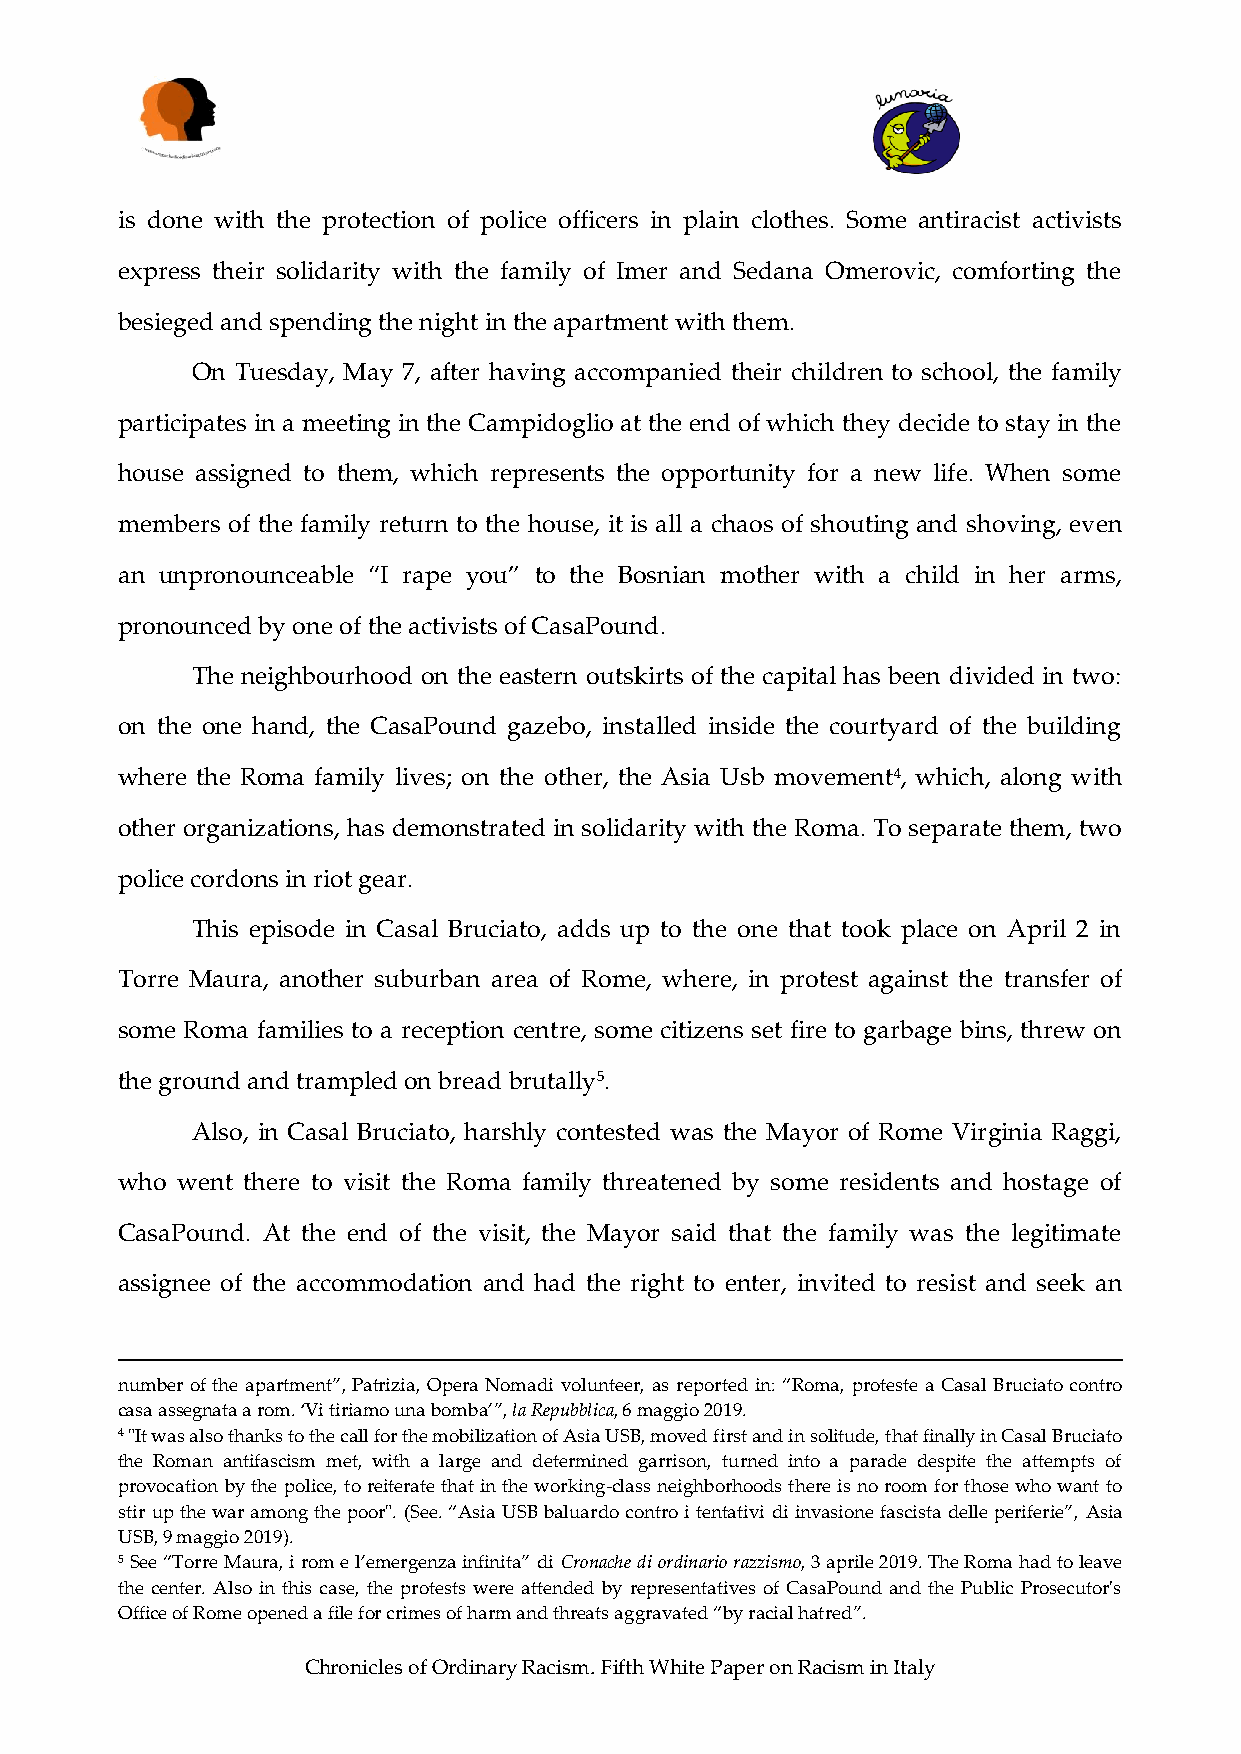
is done with the protection of police officers in plain clothes. Some antiracist activists
 express their solidarity with the family of Imer and Sedana Omerovic, comforting the
 besieged and spending the night in the apartment with them.
 On Tuesday, May 7, after having accompanied their children to school, the family
 participates in a meeting in the Campidoglio at the end of which they decide to stay in the
 house assigned to them, which represents the opportunity for a new life. When some
 members of the family return to the house, it is all a chaos of shouting and shoving, even
 an unpronounceable “I rape you” to the Bosnian mother with a child in her arms,
 pronounced by one of the activists of CasaPound.
 The neighbourhood on the eastern outskirts of the capital has been divided in two:
 on the one hand, the CasaPound gazebo, installed inside the courtyard of the building
 where the Roma family lives; on the other, the Asia Usb movement4, which, along with
 other organizations, has demonstrated in solidarity with the Roma. To separate them, two
 police cordons in riot gear.
 This episode in Casal Bruciato, adds up to the one that took place on April 2 in
 Torre Maura, another suburban area of Rome, where, in protest against the transfer of
 some Roma families to a reception centre, some citizens set fire to garbage bins, threw on
 the ground and trampled on bread brutally5.
 Also, in Casal Bruciato, harshly contested was the Mayor of Rome Virginia Raggi,
 who went there to visit the Roma family threatened by some residents and hostage of
 CasaPound. At the end of the visit, the Mayor said that the family was the legitimate
 assignee of the accommodation and had the right to enter, invited to resist and seek an
 number of the apartment”, Patrizia, Opera Nomadi volunteer, as reported in: “Roma, proteste a Casal Bruciato contro
 casa assegnata a rom. ‘Vi tiriamo una bomba’”, la Repubblica, 6 maggio 2019.
 4 "It was also thanks to the call for the mobilization of Asia USB, moved first and in solitude, that finally in Casal Bruciato
 the Roman antifascism met, with a large and determined garrison, turned into a parade despite the attempts of
 provocation by the police, to reiterate that in the working-class neighborhoods there is no room for those who want to
 stir up the war among the poor". (See. “Asia USB baluardo contro i tentativi di invasione fascista delle periferie”, Asia
 USB, 9 maggio 2019).
 5 See “Torre Maura, i rom e l’emergenza infinita” di Cronache di ordinario razzismo, 3 aprile 2019. The Roma had to leave
 the center. Also in this case, the protests were attended by representatives of CasaPound and the Public Prosecutor's
 Office of Rome opened a file for crimes of harm and threats aggravated “by racial hatred”.
 Chronicles of Ordinary Racism. Fifth White Paper on Racism in Italy